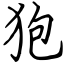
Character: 狍